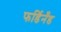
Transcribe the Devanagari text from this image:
फर्डिनँड